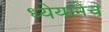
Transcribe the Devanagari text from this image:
ध्येयानेच